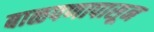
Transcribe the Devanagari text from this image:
बाळपणापासून